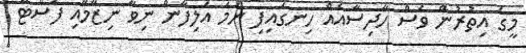
މީގެ އިތުރުން ވެސް ހާދިސާއެއް ހިނގައިފި ނަމަ އަލިފާން ނިވާ ނިޒާމާއި ފަސްޓް